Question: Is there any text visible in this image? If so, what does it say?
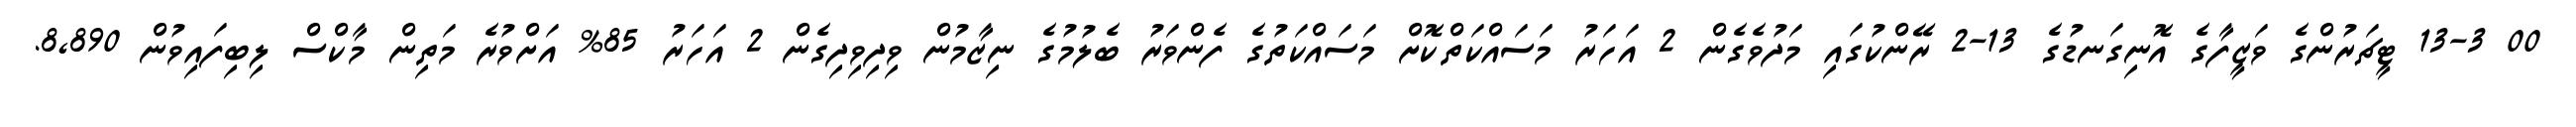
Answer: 00 13-3 ޓީޗަރުންގެ ވަޒީފާގެ އޮނިގަނޑުގެ 13-2 ރޭންކުގައި މަދުވެގެން 2 އަހަރު މަސައްކަތްކޮށް މަސައްކަތުގެ ފެންވަރު ބެލުމުގެ ނިޒާމުން ވިދިވިދިގެން 2 އަހަރު 85% އަށްވުރެ މަތިން މާކްސް ލިބިފައިވުން 8,890.